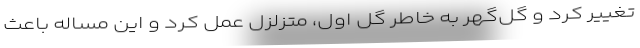
تغییر کرد و گل‌گهر به خاطر گل اول، متزلزل عمل کرد و این مساله باعث